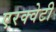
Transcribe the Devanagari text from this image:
एरक्वेटी